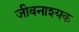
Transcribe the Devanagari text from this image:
जीवनाश्यक